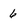
Character: 6